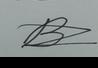
Signature authenticity: forged